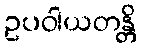
ဥပဝါယတန္တိ